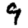
Digit: 9